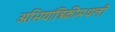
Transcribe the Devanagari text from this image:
अभियांत्रिकीमधली